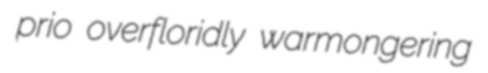
prio overfloridly warmongering